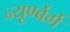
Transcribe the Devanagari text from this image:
न्यूर्ण्बेर्ग